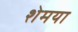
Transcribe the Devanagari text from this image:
शेमया